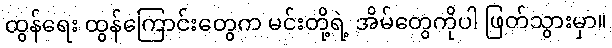
ထွန်ရေး ထွန်ကြောင်းတွေက မင်းတို့ရဲ့ အိမ်တွေကိုပါ ဖြတ်သွားမှာ။